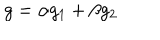
g = \alpha g _ { 1 } + \beta g _ { 2 }